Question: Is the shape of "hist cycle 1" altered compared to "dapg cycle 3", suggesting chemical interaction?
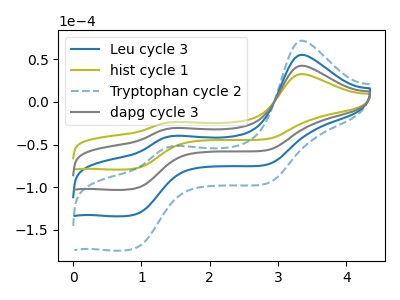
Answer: <think>The blue curve "Leu cycle 3" has anodic peaks at (3.35V, 85.05uA) (1.45V, -61.30uA) and cathodic peaks at (0.90V, -203.15uA) (2.85V, -113.00uA). The olive curve "hist cycle 1" has anodic peaks at (3.35V, 32.70uA) (1.45V, -23.55uA) and cathodic peaks at (0.90V, -78.10uA) (2.85V, -43.45uA). The blue dashed curve "Tryptophan cycle 2" has anodic peaks at (3.35V, 127.55uA) (1.45V, -91.95uA) and cathodic peaks at (0.90V, -304.70uA) (2.85V, -169.50uA). The gray curve "dapg cycle 3" has anodic peaks at (3.35V, 42.50uA) (1.45V, -30.65uA) and cathodic peaks at (0.90V, -101.55uA) (2.85V, -56.50uA).
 All the peaks in "hist cycle 1" have a peak in "dapg cycle 3" at the same potential.</think>
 <answer>No, "hist cycle 1" and "dapg cycle 3" don't appear to be significantly different in shape</answer>
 <eval>no_change</eval>